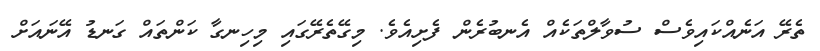
ތެރޭ އަނެއްކައިވެސް ސުވާލްތަކެއް އެނބުރެން ފެށިއެވެ. މިގޭތެރޭގައި މިހިނގާ ކަންތައް ގަނޑު އޭނައަށް